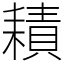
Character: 耫